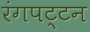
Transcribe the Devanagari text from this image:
रंगपट्टन